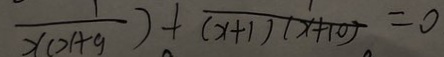
\frac { 1 } { x ( x + y ) } + \frac { 1 } { ( x + 1 ) ( x + 1 0 ) } = 0